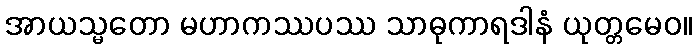
အာယသ္မတော မဟာကဿပဿ သာဓုကာရဒါနံ ယုတ္တမေဝ။